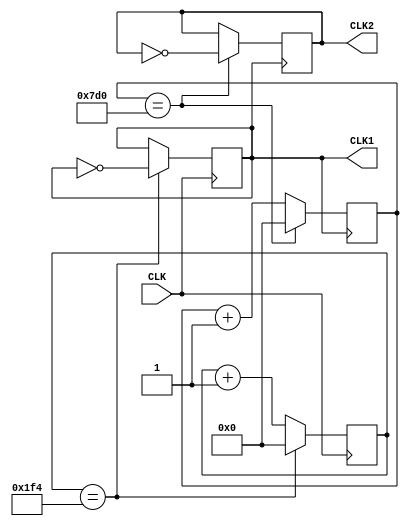
module clk_divide(CLK,CLK1,CLK2);
input CLK;              //0.02us
output reg CLK1;        //10us
output reg CLK2;        //20ms

reg [24:0] count1;
reg [24:0] count2;

initial 
begin
    count1<=0;
	 count2<=0;
end

always@(posedge CLK)
begin
    if(count1==500)
    begin 
        count1=0;
        CLK1=~CLK1;
    end
    else 
    begin
        count1=count1+1;
    end
end

always@(posedge CLK1)
begin
    if(count2==2000)
    begin 
        count2=0;
        CLK2=~CLK2;
    end
    else 
    begin
        count2=count2+1;
    end
end

endmodule